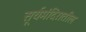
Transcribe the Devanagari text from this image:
सूर्यमंदिरातील